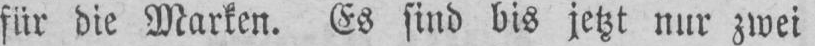
für die Marken. Es sind bis jetzt nur zwei